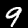
Digit: 9